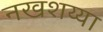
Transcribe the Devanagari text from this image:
नखशय्या